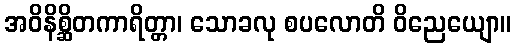
အဝိနိစ္ဆိတကာရိတ္တာ၊ သောခလု စပလောတိ ဝိညေယျော။